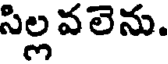
సిల్ల వలెను.